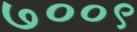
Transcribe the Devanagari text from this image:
७००९